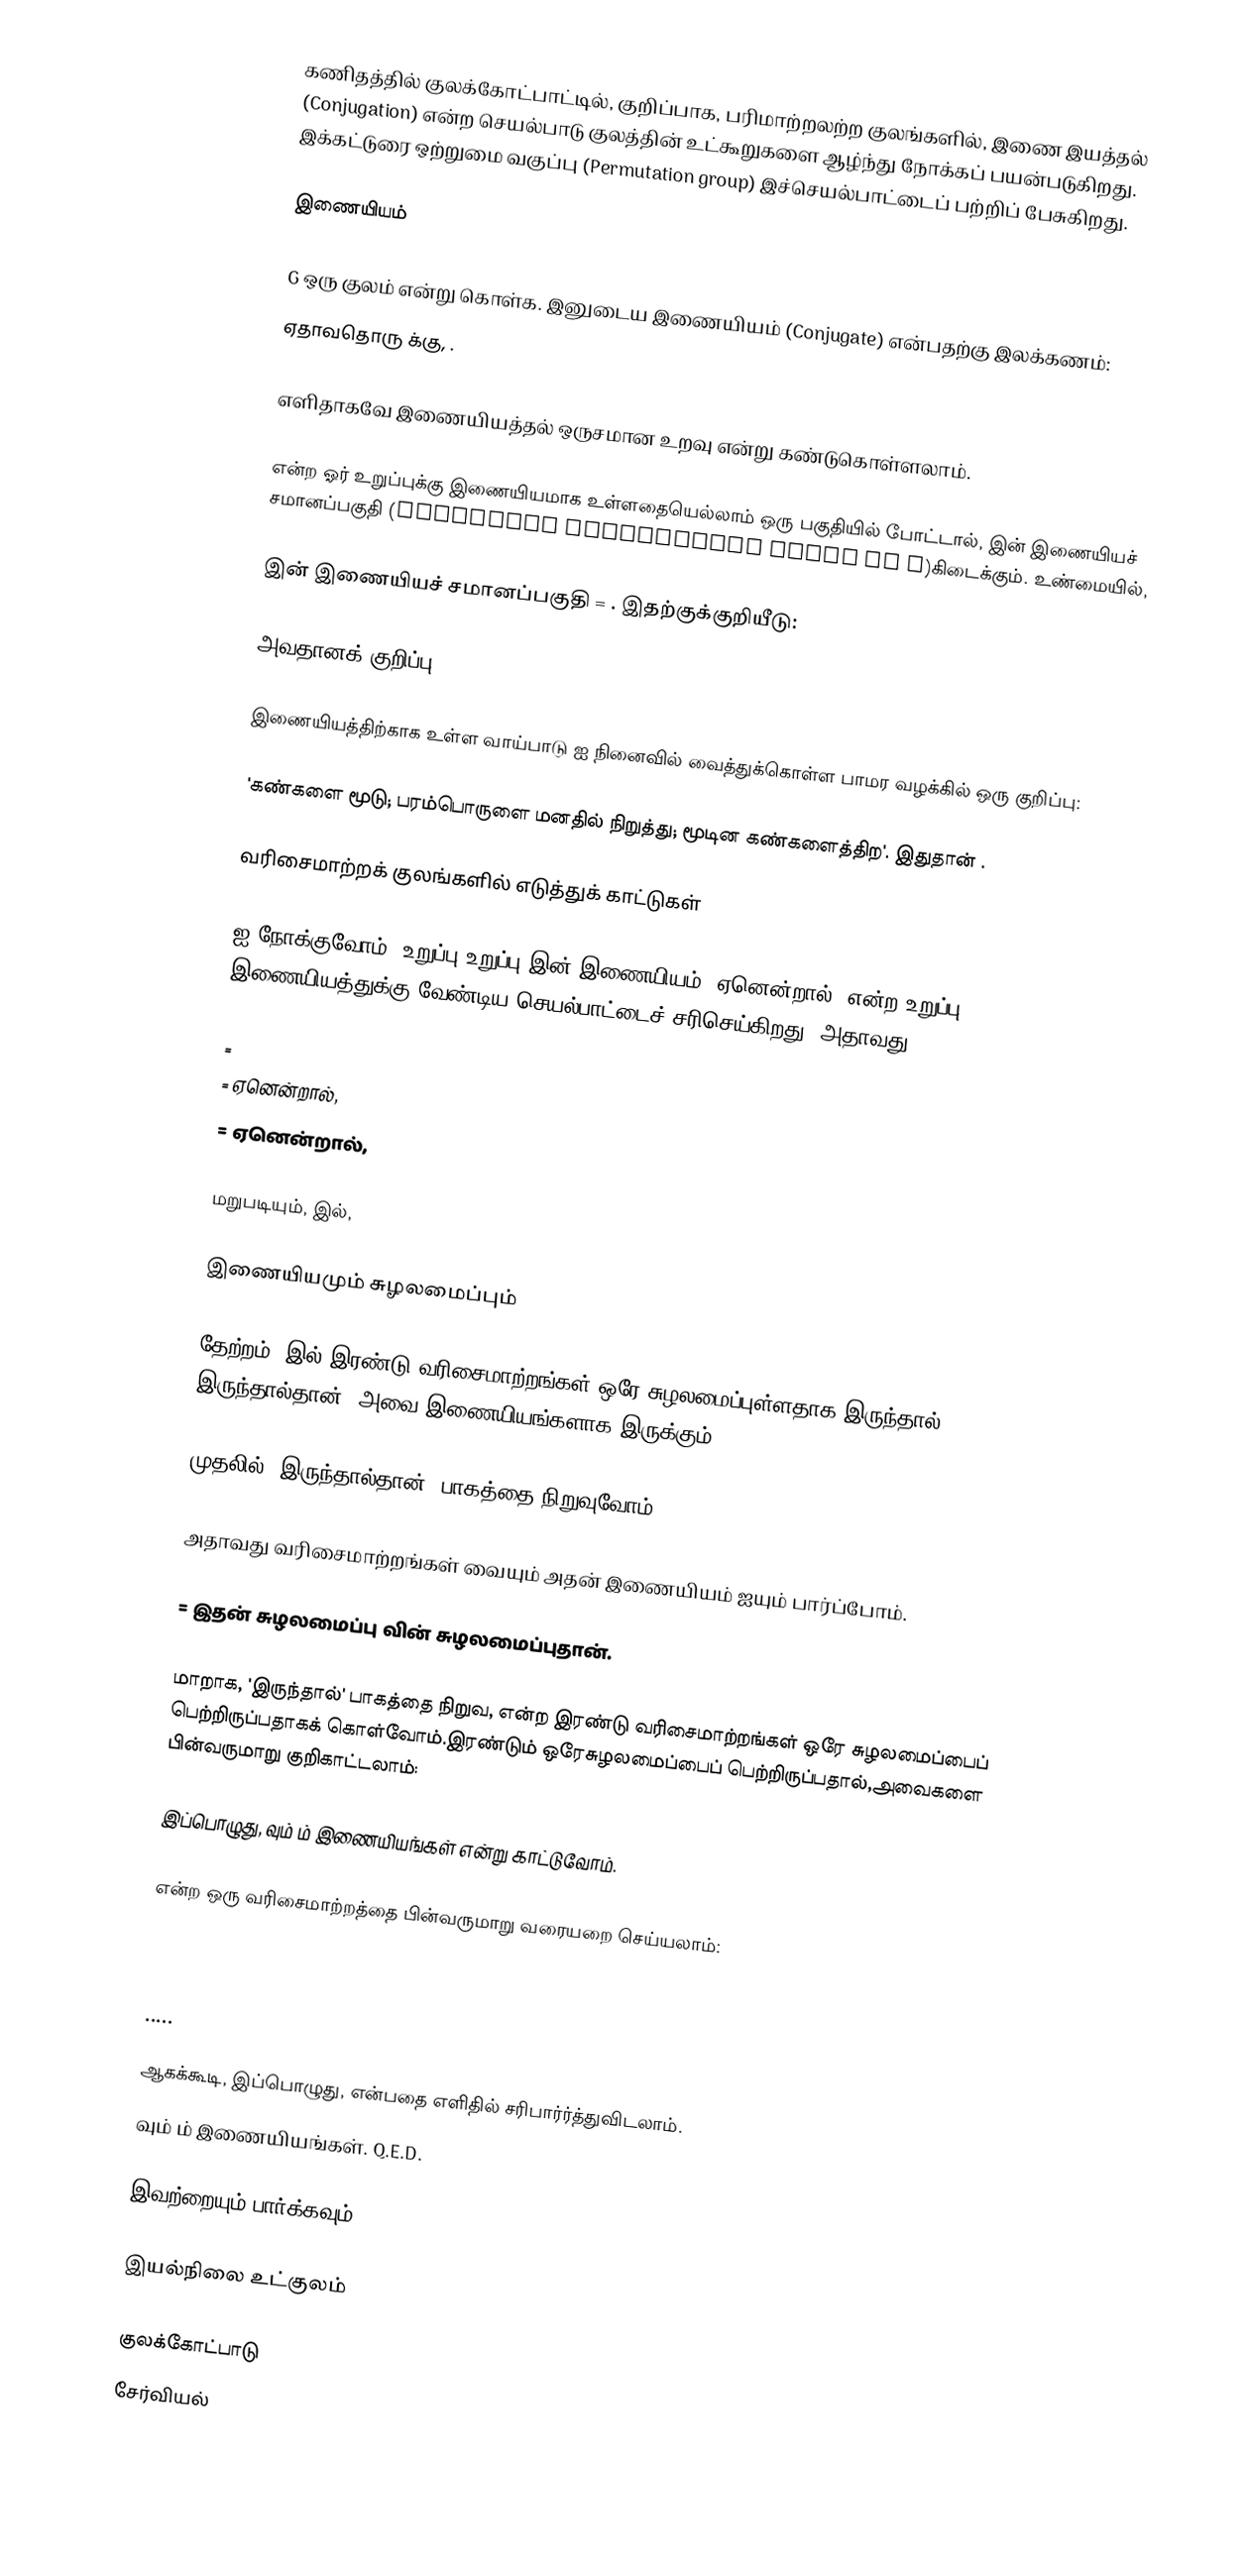
கணிதத்தில் குலக்கோட்பாட்டில், குறிப்பாக, பரிமாற்றலற்ற குலங்களில், இணை இயத்தல் (Conjugation) என்ற செயல்பாடு குலத்தின் உட்கூறுகளை ஆழ்ந்து நோக்கப் பயன்படுகிறது. இக்கட்டுரை ஒற்றுமை வகுப்பு (Permutation group) இச்செயல்பாட்டைப் பற்றிப் பேசுகிறது.

இணையியம்

G ஒரு குலம் என்று கொள்க.  இனுடைய இணையியம் (Conjugate) என்பதற்கு இலக்கணம்:
 ஏதாவதொரு  க்கு, .

எளிதாகவே இணையியத்தல் ஒருசமான உறவு என்று கண்டுகொள்ளலாம்.

 என்ற ஓர் உறுப்புக்கு இணையியமாக உள்ளதையெல்லாம் ஒரு பகுதியில் போட்டால்,  இன் இணையியச் சமானப்பகுதி (Conjugate equivalence class of a)கிடைக்கும். உண்மையில்,

 இன் இணையியச் சமானப்பகுதி = . இதற்குக்குறியீடு:

அவதானக் குறிப்பு

இணையியத்திற்காக உள்ள வாய்பாடு  ஐ நினைவில் வைத்துக்கொள்ள பாமர வழக்கில் ஒரு குறிப்பு:

'கண்களை மூடு; பரம்பொருளை மனதில் நிறுத்து; மூடின கண்களைத்திற'. இதுதான் .

வரிசைமாற்றக் குலங்களில் எடுத்துக் காட்டுகள்

  ஐ நோக்குவோம். உறுப்பு  உறுப்பு  இன் இணையியம். ஏனென்றால்,  என்ற உறுப்பு இணையியத்துக்கு வேண்டிய செயல்பாட்டைச் சரிசெய்கிறது. அதாவது,

 =
 =  ஏனென்றால்,
 =  ஏனென்றால்,

 மறுபடியும்,  இல்,

இணையியமும் சுழலமைப்பும்

தேற்றம்:  இல் இரண்டு வரிசைமாற்றங்கள் ஒரே சுழலமைப்புள்ளதாக இருந்தால், இருந்தால்தான், அவை இணையியங்களாக இருக்கும்.

முதலில் 'இருந்தால்தான்' பாகத்தை நிறுவுவோம்.

அதாவது வரிசைமாற்றங்கள்  வையும் அதன் இணையியம்  ஐயும் பார்ப்போம்.

 =  இதன் சுழலமைப்பு  வின் சுழலமைப்புதான்.

மாறாக, 'இருந்தால்' பாகத்தை நிறுவ,   என்ற இரண்டு வரிசைமாற்றங்கள் ஒரே சுழலமைப்பைப் பெற்றிருப்பதாகக் கொள்வோம்.இரண்டும் ஒரேசுழலமைப்பைப் பெற்றிருப்பதால்,அவைகளை பின்வருமாறு குறிகாட்டலாம்:

இப்பொழுது,  வும்  ம் இணையியங்கள் என்று காட்டுவோம்.

 என்ற ஒரு வரிசைமாற்றத்தை பின்வருமாறு வரையறை செய்யலாம்:

 .....

ஆகக்கூடி, இப்பொழுது,  என்பதை எளிதில் சரிபார்ர்த்துவிடலாம்.
 வும்  ம் இணையியங்கள். Q.E.D.

இவற்றையும் பார்க்கவும்

இயல்நிலை உட்குலம்

குலக்கோட்பாடு
சேர்வியல்